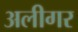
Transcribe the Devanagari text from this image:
अलीगर